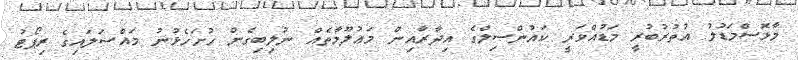
މާޅޮސްމަޑުލު އުތުރުބުރީ މަޑުއްވަރީ ކައުންސިލްގެ އިދާރާއިން މަޢުލޫމާތެއް ނުލިބިގެން ހުށަހެޅުނު މައްސަލައިގެ ރިޕޯޓު